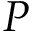
P